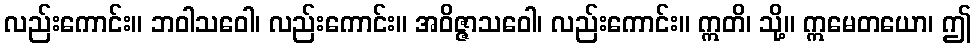
လည်းကောင်း။ ဘဝါသဝေါ၊ လည်းကောင်း။ အဝိဇ္ဇာသဝေါ၊ လည်းကောင်း။ ဣတိ၊ သို့။ ဣမေတယော၊ ဤ